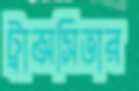
ট্রান্সসিভার